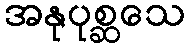
အနုပုစ္ဆသေ